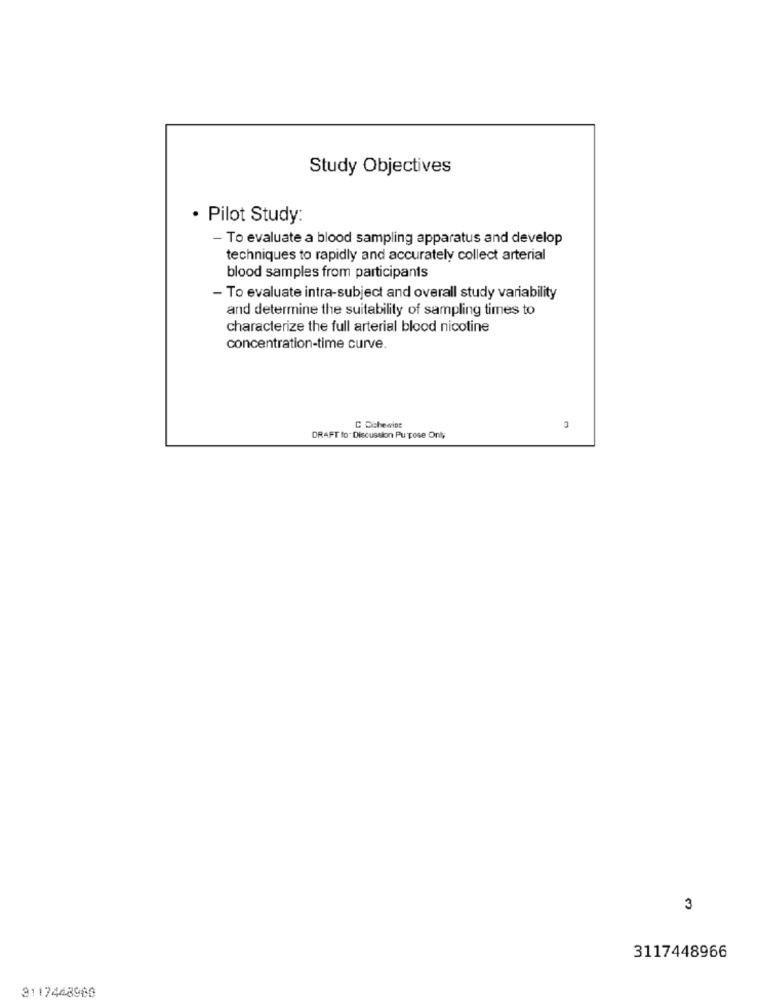
Study Objectives
· Pilot Study:
- To evaluate a blood sampling apparatus and develop
techniques to rapidly and accurately collect arterial
blood samples from participants
- To evaluate intra-subject and overall study variability
and determine the suitability of sampling times to
characterize the full arterial blood nicotine
concentration-time curve.
C Cichewint
DRAFT to. Discussion Purpose Only
3
3117448966
3117448960